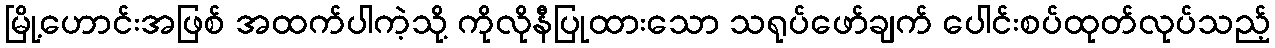
မြို့ဟောင်းအဖြစ် အထက်ပါကဲ့သို့ ကိုလိုနီပြုထားသော သရုပ်ဖော်ချက် ပေါင်းစပ်ထုတ်လုပ်သည့်